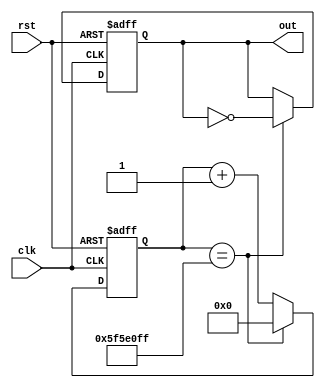
module clock_divider #(
    parameter COUNT_WIDTH = 27,
    parameter [COUNT_WIDTH:0] MAX_COUNT = 100000000 - 1
) (
    input clk,
    input rst,

    output reg out
);
    reg div_clk;
    reg [COUNT_WIDTH:0] count;

    always @(posedge clk or posedge rst) begin
        if (rst == 1'b1) begin
            count <= 0;
            out <= 0;
        end else if (count == MAX_COUNT) begin
            count <= 0;
            out <= ~out;
        end else begin
            count <= count + 1;
        end
    end
endmodule